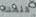
كلمتك